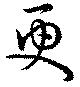
更